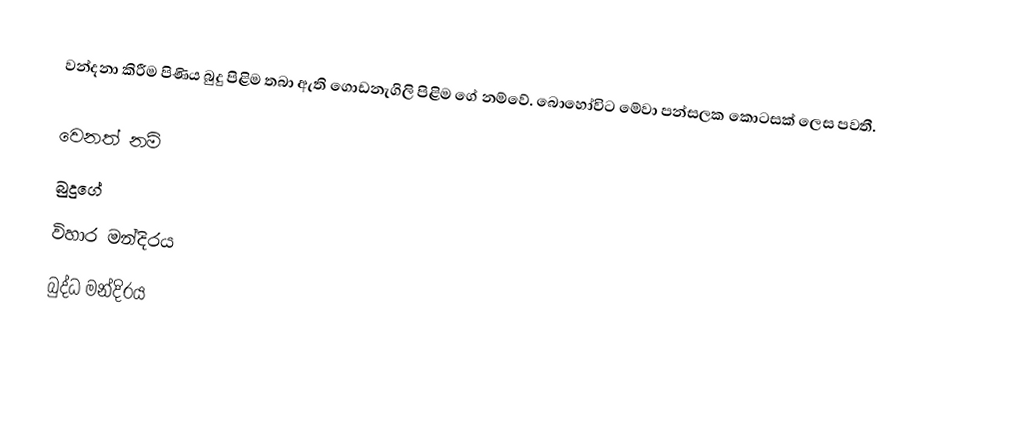
වන්දනා කිරීම පිණිය බුදු පිළිම තබා ඇති ගොඩනැගිලි පිළිම ගේ නම්වේ. බොහෝවිට මේවා පන්සලක කොටසක් ලෙස පවතී.

වෙනත් නම්
 බුදුගේ
 විහාර මන්දිරය
 බුද්ධ මන්දිරය